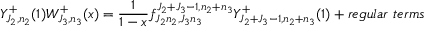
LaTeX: Y _ { J _ { 2 } , n _ { 2 } } ^ { + } ( 1 ) W _ { J _ { 3 } , n _ { 3 } } ^ { + } ( x ) = \frac { 1 } { 1 - x } f _ { J _ { 2 } n _ { 2 } , J _ { 3 } n _ { 3 } } ^ { J _ { 2 } + J _ { 3 } - 1 , n _ { 2 } + n _ { 3 } } Y _ { J _ { 2 } + J _ { 3 } - 1 , n _ { 2 } + n _ { 3 } } ^ { + } ( 1 ) + r e g u l a r ~ t e r m s